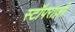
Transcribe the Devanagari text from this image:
स्टॉपराज़ी